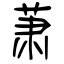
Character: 萧